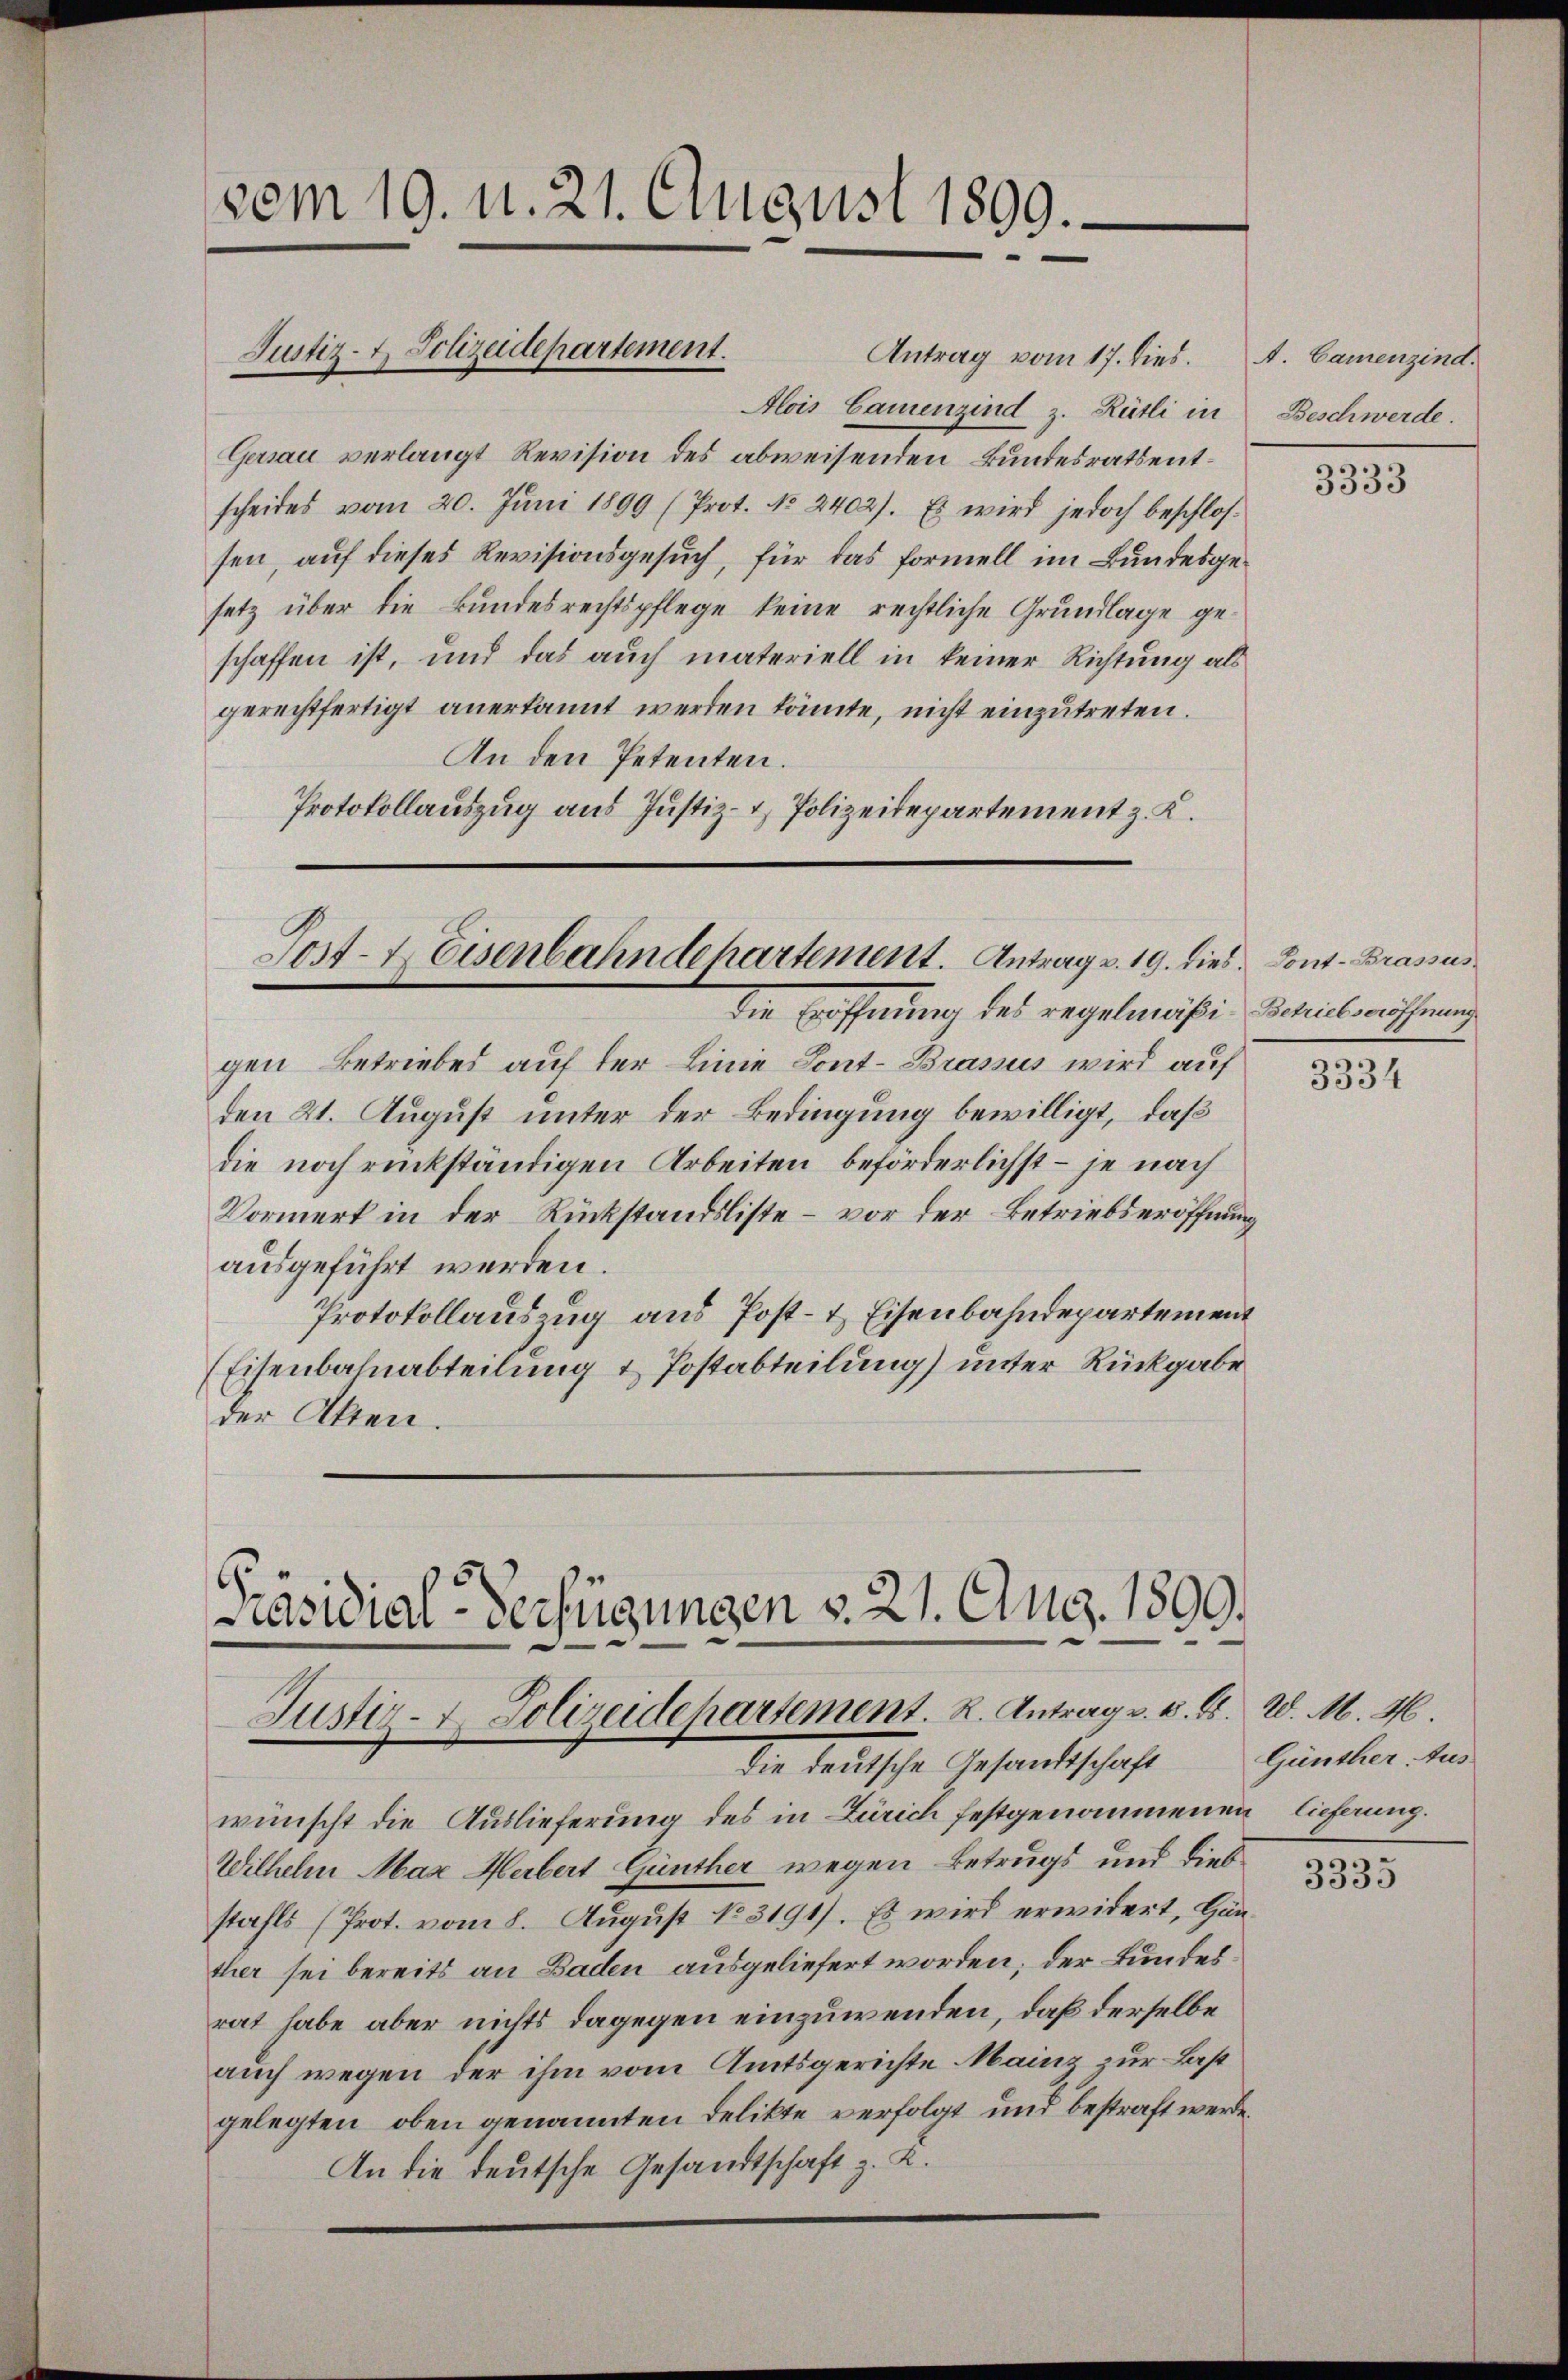
vom 19. d. 21. August 1899.

Justiz- & Polizeidepartement.

Post- & Eisenbahndehartement. Antrag v. 19. dies Pont. Brassus

Antrag vom 17. dies. A. Camenzind.
Alois Camenzind z. Rütli in
Gersau verlangt Revision des abweisenden Bundesrathentscheides vom 20. Juni 1899 (Prot. No. 2402). Es wird jedoch beschlossen, auf dieses Revisionsgesuch, für das Formell im Bundesgesetz über die Bundesrechtspflege keine rechtliche Grundlage geschaffen ist, und das auch materiell in keiner Richtung als
gerechtfertigt anerkannt werden könnte, nicht einzutreten.
An den Petenten.
Protokollauszug aus Justiz- & Polizeidepartement z. K.

6
räsidial-Verfügungen v. 21. Aug. 1599.
Justiz- u. Polizeidepartement. R. Antrag v. M. D. W. M. 46
Die Satische Gesandtschaft

die Hoffnung des regelmäßi-Schilleröffnung
gen Betriebes auf der Linie Lont-Brasus wird auf
den 21. August unter der Bedingung bewilligt, daß
die noch rückständigen Arbeiten beförderlichst – je nach
Vormerk in der Rückstandsliste – vor der Betriebseröffnung
ausgeführt werden.
Protokollauszug aus Post- & Eisenbahndepartement
(Eisenbahnabteilung & Postabteilung) unter Rückgabe
der Akten.

wünscht die Auslieferung des in Zürich festgenommenen lichung.
Wilhelm Max Herbert Günther wegen Betrugs und dies
stahls (Prot. vom 8. August 183191). Es wird erwidert, Hanther sei bereits an Baden ausgeliefert worden, der Bundesrat habe aber nichts dagegen einzuwenden, daß derselbe
auch wegen der ihm vom Amtsgerichte Mainz zur Last
gelegten, oben genannten Delikte verfolgt und bestraft werde.
An die deutsche Gesandtschaft z. K.

Beschwerde.

3333

3334

Günther Aus

3335